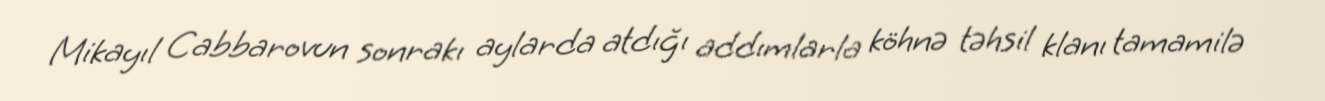
Mikayıl Cabbarovun sonrakı aylarda atdığı addımlarla köhnə təhsil klanı tamamilə